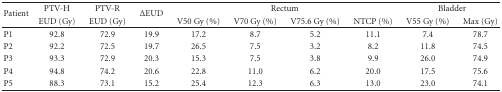
| <ROWSPAN=2> Patient | PTV-H | PTV-R | <ROWSPAN=2> ΔEUD | <COLSPAN=4> Rectum | <COLSPAN=2> Bladder |
 | EUD (Gy) | EUD (Gy) | V50 Gy (%) | V70 Gy (%) | V75.6 Gy (%) | NTCP (%) | V55 Gy (%) | Max (Gy) |
 | --- | --- | --- | --- | --- | --- | --- | --- | --- | --- |
 | P1 | 92.8 | 72.9 | 19.9 | 17.2 | 8.7 | 5.2 | 11.1 | 7.4 | 78.7 |
 | P2 | 92.2 | 72.5 | 19.7 | 26.5 | 7.5 | 3.2 | 8.2 | 11.8 | 74.5 |
 | P3 | 93.3 | 72.9 | 20.3 | 15.3 | 7.5 | 3.8 | 9.9 | 26.0 | 74.9 |
 | P4 | 94.8 | 74.2 | 20.6 | 22.8 | 11.0 | 6.2 | 20.0 | 17.5 | 75.6 |
 | P5 | 88.3 | 73.1 | 15.2 | 25.4 | 12.3 | 6.3 | 13.0 | 23.0 | 74.1 |